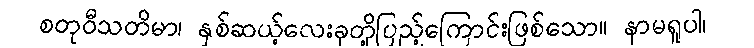
စတုဝီသတိမာ၊ နှစ်ဆယ့်လေးခုတို့ပြည့်ကြောင်းဖြစ်သော။ နာမရူပါ၊